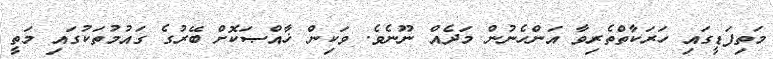
މަތިފަޑީގައި ހަރަކާތްތެރިވާ އަންހެނުން މަދެއް ނޫނެވެ. ވަކިން ޚާއްޞަކޮށް ބޭރުގެ ގައުމުތަކުގައި މަތީ